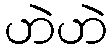
ဟဲဟဲ